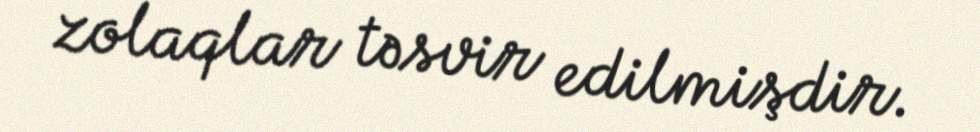
zolaqlar təsvir edilmişdir.